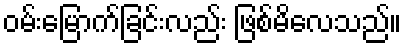
ဝမ်းမြောက်ခြင်းလည်း ဖြစ်မိလေသည်။